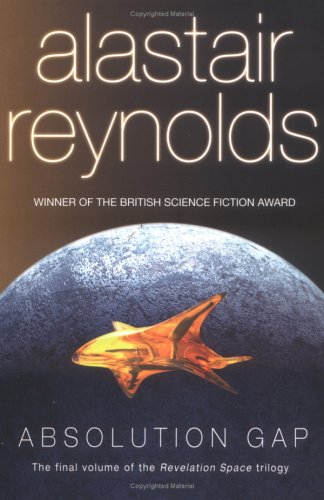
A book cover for Absolution Gap; Alastair Reynolds; Science Fiction & Fantasy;